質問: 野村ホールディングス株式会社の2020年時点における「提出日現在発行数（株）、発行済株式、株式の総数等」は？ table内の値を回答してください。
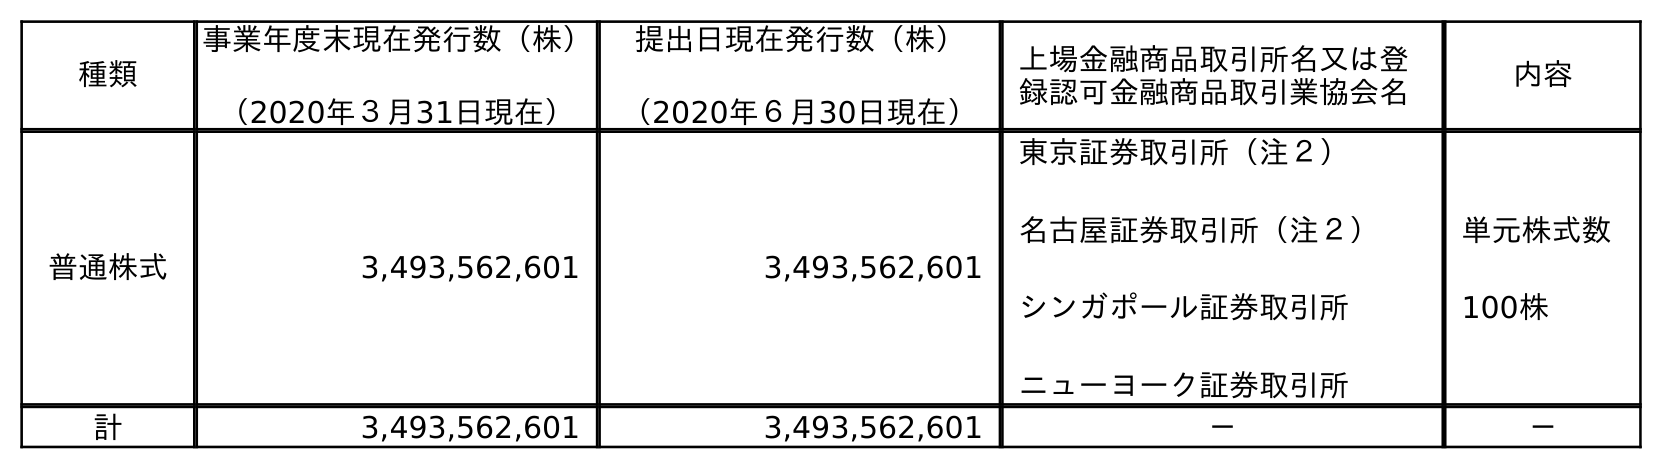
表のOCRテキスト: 種類 事業年度末現在発行数（株） （2020年３月31日現在） 提出日現在発行数（株） （2020年６月30日現在） 上場金融商品取引所名又は登 録認可金融商品取引業協会名 内容 普通株式 3,493,562,601 3,493,562,601 東京証券取引所（注２） 名古屋証券取引所（注２） シンガポール証券取引所 ニューヨーク証券取引所 単元株式数 100株 計 3,493,562,601 3,493,562,601 － －
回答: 3,493,562,601